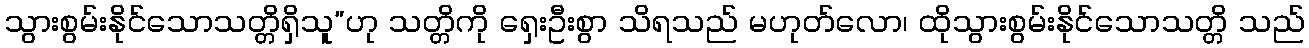
သွားစွမ်းနိုင်သောသတ္တိရှိသူ”ဟု သတ္တိကို ရှေးဦးစွာ သိရသည် မဟုတ်လော၊ ထိုသွားစွမ်းနိုင်သောသတ္တိ သည်